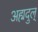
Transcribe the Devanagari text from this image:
अह्मदुल्